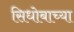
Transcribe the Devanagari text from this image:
सिधोबाच्या